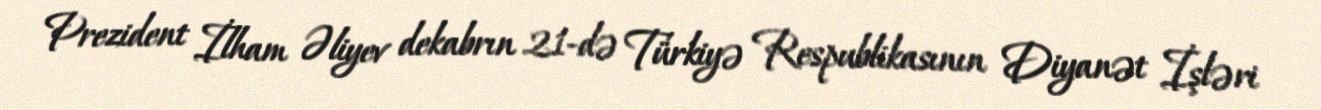
Prezident İlham Əliyev dekabrın 21-də Türkiyə Respublikasının Diyanət İşləri